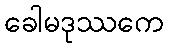
ခေါမဒုဿကေ